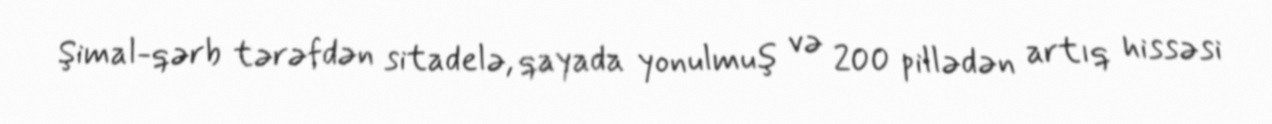
Şimal-qərb tərəfdən sitadelə, qayada yonulmuş və 200 pillədən artıq hissəsi